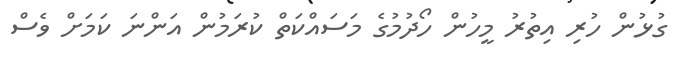
ގުޅުން ހުރި އިތުރު މީހުން ހޯދުމުގެ މަސައްކަތް ކުރަމުން އަންނަ ކަމަށް ވެސް